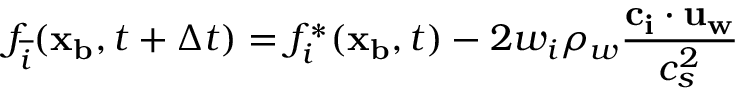
f _ { \overline { { i } } } ( \mathbf { x _ { b } } , t + \Delta t ) = f _ { i } ^ { * } ( \mathbf { x _ { b } } , t ) - 2 w _ { i } \rho _ { w } \frac { \mathbf { c _ { i } } \cdot \mathbf { u _ { w } } } { c _ { s } ^ { 2 } }